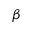
\beta